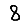
Digit: 8